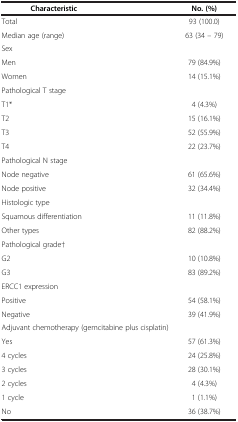
<table><thead><tr><td><b>Characteristic</b></td><td><b>No. (%)</b></td></tr></thead><tbody><tr><td>Total</td><td>93 (100.0)</td></tr><tr><td>Median age (range)</td><td>63 (34 – 79)</td></tr><tr><td colspan="2">Sex</td></tr><tr><td>Men</td><td>79 (84.9%)</td></tr><tr><td>Women</td><td>14 (15.1%)</td></tr><tr><td colspan="2">Pathological T stage</td></tr><tr><td>T1*</td><td>4 (4.3%)</td></tr><tr><td>T2</td><td>15 (16.1%)</td></tr><tr><td>T3</td><td>52 (55.9%)</td></tr><tr><td>T4</td><td>22 (23.7%)</td></tr><tr><td colspan="2">Pathological N stage</td></tr><tr><td>Node negative</td><td>61 (65.6%)</td></tr><tr><td>Node positive</td><td>32 (34.4%)</td></tr><tr><td colspan="2">Histologic type</td></tr><tr><td>Squamous differentiation</td><td>11 (11.8%)</td></tr><tr><td>Other types</td><td>82 (88.2%)</td></tr><tr><td colspan="2">Pathological grade†</td></tr><tr><td>G2</td><td>10 (10.8%)</td></tr><tr><td>G3</td><td>83 (89.2%)</td></tr><tr><td colspan="2">ERCC1 expression</td></tr><tr><td>Positive</td><td>54 (58.1%)</td></tr><tr><td>Negative</td><td>39 (41.9%)</td></tr><tr><td colspan="2">Adjuvant chemotherapy (gemcitabine plus cisplatin)</td></tr><tr><td>Yes</td><td>57 (61.3%)</td></tr><tr><td>4 cycles</td><td>24 (25.8%)</td></tr><tr><td>3 cycles</td><td>28 (30.1%)</td></tr><tr><td>2 cycles</td><td>4 (4.3%)</td></tr><tr><td>1 cycle</td><td>1 (1.1%)</td></tr><tr><td>No</td><td>36 (38.7%)</td></tr></tbody></table>